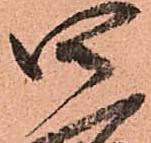
四